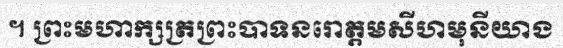
។ ព្រះមហាក្សត្រព្រះបាទនរោត្តមសីហមុនីយាង